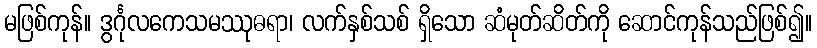
မဖြစ်ကုန်။ ဒွင်္ဂုလကေသမဿုဓရာ၊ လက်နှစ်သစ် ရှိသော ဆံမုတ်ဆိတ်ကို ဆောင်ကုန်သည်ဖြစ်၍။